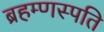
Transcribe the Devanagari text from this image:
ब्रहम्णस्पति